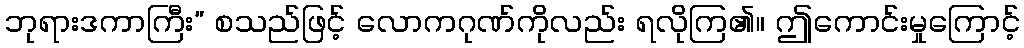
ဘုရားဒကာကြီး” စသည်ဖြင့် လောကဂုဏ်ကိုလည်း ရလိုကြ၏။ ဤကောင်းမှုကြောင့်